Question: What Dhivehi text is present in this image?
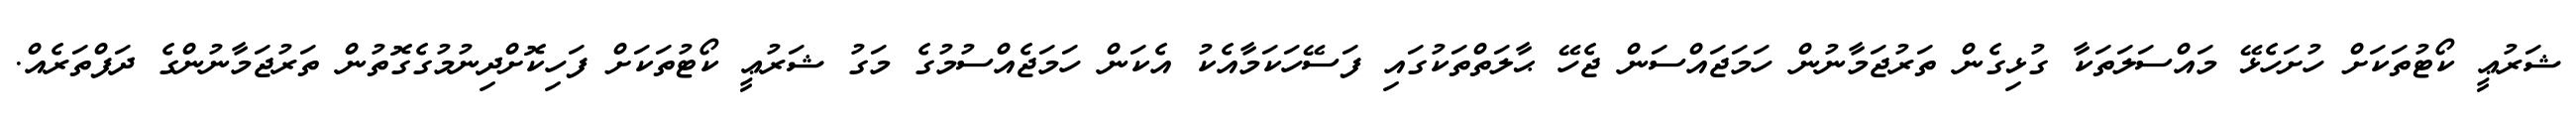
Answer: ޝަރުޢީ ކޯޓުތަކަށް ހުށަހެޅޭ މައްސަލަތަކާ ގުޅިގެން ތަރުޖަމާނުން ހަމަޖައްސަން ޖެހޭ ޙާލަތްތަކުގައި ފަސޭހަކަމާއެކު އެކަން ހަމަޖެއްސުމުގެ މަގު ޝަރުޢީ ކޯޓުތަކަށް ފަހިކޮށްދިނުމުގެގޮތުން ތަރުޖަމާނުންގެ ދަފްތަރެއް.